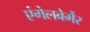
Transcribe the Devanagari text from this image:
एंगेलबेर्गेर